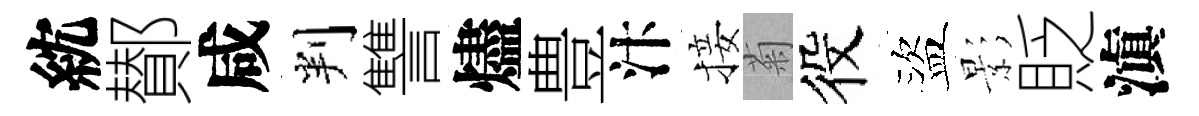
紞鄼咸判讐燼豊汴接菊役盜影貶滇